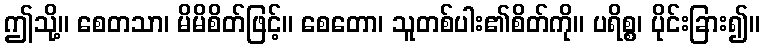
ဤသို့။ စေတသာ၊ မိမိစိတ်ဖြင့်။ စေတော၊ သူတစ်ပါး၏စိတ်ကို။ ပရိစ္စ၊ ပိုင်းခြား၍။